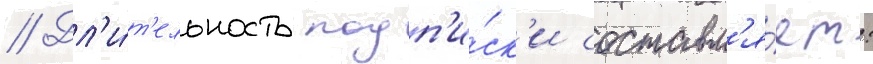
// Дл'и́т'ельность подп'и́ск'и составл'я́ет: